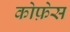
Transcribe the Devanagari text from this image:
कोफ़ेस